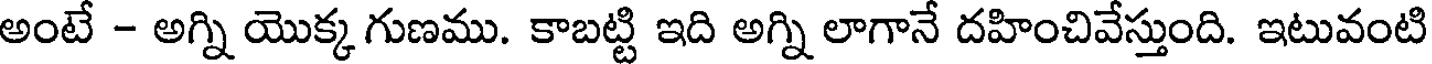
అంటే - అగ్ని యొక్క గుణము. కాబట్టి ఇది అగ్ని లాగానే దహించివేస్తుంది. ఇటువంటి